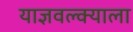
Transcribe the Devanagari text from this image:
याज्ञवल्क्याला